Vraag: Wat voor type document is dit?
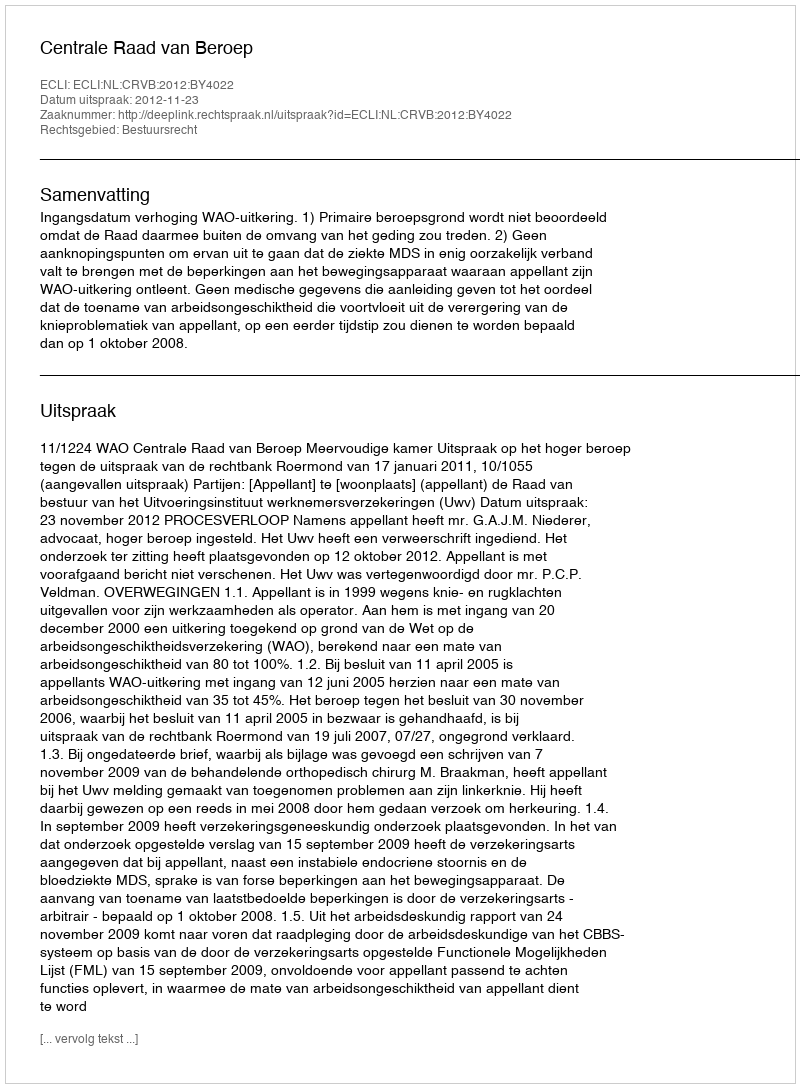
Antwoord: Uitspraak